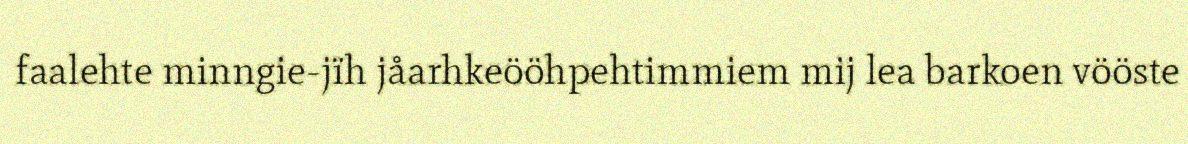
faalehte minngie-jïh jåarhkeööhpehtimmiem mij lea barkoen vööste